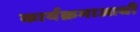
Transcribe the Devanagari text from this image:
कार्यक्रमाआधी